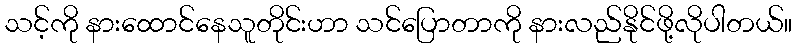
သင့်ကို နားထောင်နေသူတိုင်းဟာ သင်ပြောတာကို နားလည်နိုင်ဖို့လိုပါတယ်။